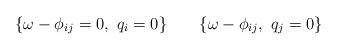
LaTeX: \begin{align*} \{ \omega - \phi_{i j} = 0,\ q_i = 0 \} \qquad\{ \omega - \phi_{i j},\ q_j = 0 \}\end{align*}